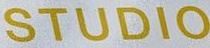
STUDIO